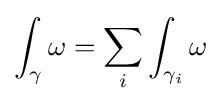
\int _{\gamma }\omega =\sum _{i}\int _{\gamma _{i}}\omega